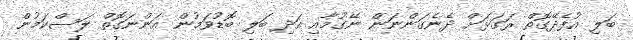
ބަލި އުފެދޭގޮތް ރަގަޅަށް ދެނެގަންނަން ނޭގުމާއި އަދި ބަލި ބޮޑުވަމުން އަންނަގޮތް ލަސްކަމުން